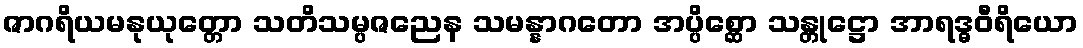
ဇာဂရိယမနုယုတ္တော သတိသမ္ပဇညေန သမန္နာဂတော အပ္ပိစ္ဆော သန္တုဋ္ဌော အာရဒ္ဓဝီရိယော